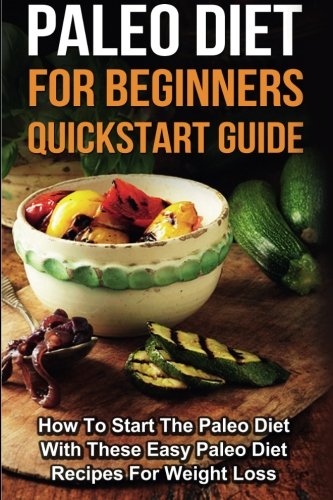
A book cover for Paleo Diet for Beginners: How To Start The Paleo Diet With These Easy Paleo Diet Recipes For Weight Loss; Sarah Joy; Health, Fitness & Dieting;